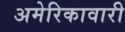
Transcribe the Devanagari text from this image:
अमेरिकावारी